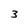
Character: 3